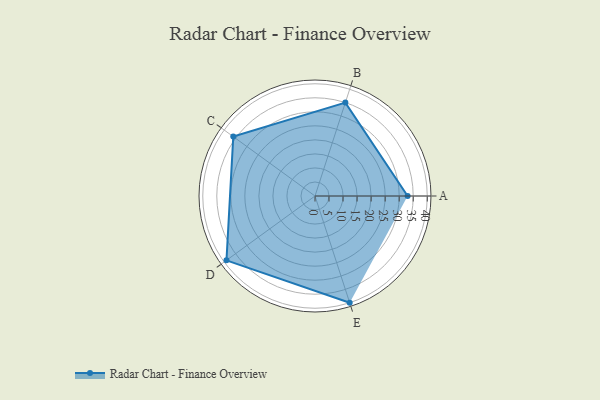
{"axis": {"x": "Skill", "y": "Score"}, "legend": ["Profile"], "data": [{"x": "A", "y": 33.0, "type": "Profile"}, {"x": "B", "y": 35.0, "type": "Profile"}, {"x": "C", "y": 36.0, "type": "Profile"}, {"x": "D", "y": 39.0, "type": "Profile"}, {"x": "E", "y": 40.0, "type": "Profile"}]}